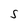
Character: S